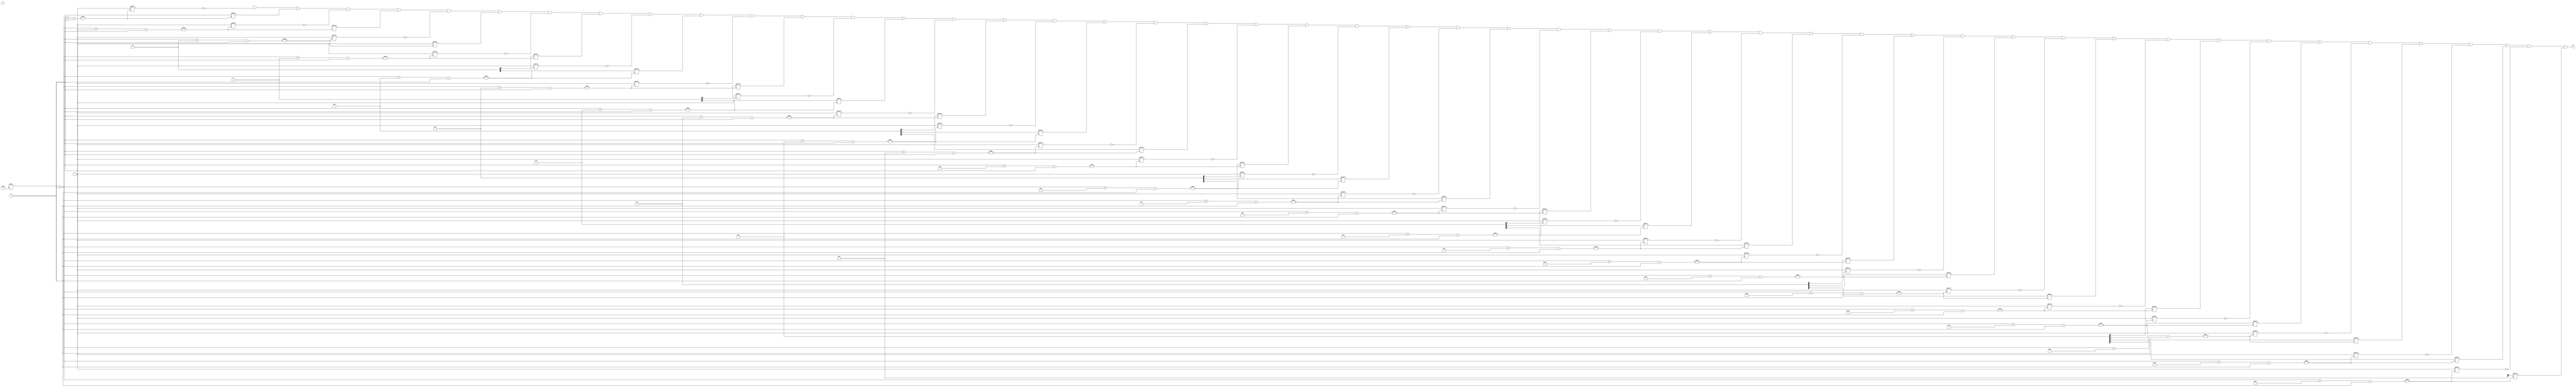
module test (
  a, b
);

  input a;
  output [1535:0] b;

  reg [1535:0] G;
  reg F;
  reg H;
  reg I;
  reg J;

  reg [5:0] K;
  reg [9:0] L;
  reg [9:0] M;

  assign b = muxer(G, {L , H , F , M, J , I}, K, 24, 0);

  function [1535:0] muxer;
    input [1535:0] vector;
    input [23:0] slice;
    input [5:0] index;
    input size;
    integer size;
    input offset;
    integer offset;
    integer i;
    reg [1535:0] muxed_value;
  begin
    muxed_value = vector;
    for (i = 0; i < 24; i = i+1)
      muxed_value[index * size + offset + i] = slice[i];
    muxer = muxed_value;
  end
  endfunction

endmodule